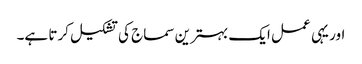
اور یہی عمل ایک بہترین سماج کی تشکیل کرتا ہے۔